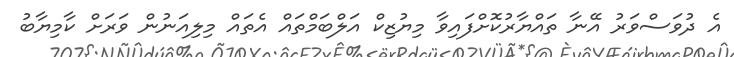
އެ ދުވަސްވަރު އޭނާ ތައްޔާރުކޮށްފައިވާ މިޔުޒިކް އަލްބަމްތައް އެތައް މިލިއަނުން ވަރަށް ކާމިޔާބު